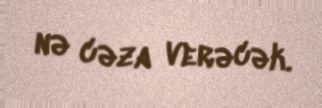
nə cəza verəcək.